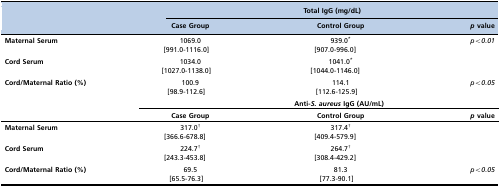
<table><thead><tr><td></td><td colspan="3"><b>Total IgG (mg/dL)</b></td></tr><tr><td></td><td><b>Case Group</b></td><td><b>Control Group</b></td><td><b><i>p</i> value</b></td></tr></thead><tbody><tr><td><b>Maternal Serum</b></td><td>1069.0 [991.0-1116.0]</td><td>939.0* [907.0-996.0]</td><td><i>p&lt;0.01</i></td></tr><tr><td><b>Cord Serum</b></td><td>1034.0 [1027.0-1138.0]</td><td>1041.0* [1044.0-1146.0]</td><td></td></tr><tr><td><b>Cord/Maternal Ratio (%)</b></td><td>100.9 [98.9-112.6]</td><td>114.1 [112.6-125.9]</td><td><i>p&lt;0.05</i></td></tr><tr><td></td><td></td><td><b>Anti-<i>S. aureus</i> IgG (AU/mL)</b></td><td></td></tr><tr><td></td><td><b>Case Group</b></td><td><b>Control Group</b></td><td><b><i>p</i> value</b></td></tr><tr><td><b>Maternal Serum</b></td><td>317.0† [366.6-678.8]</td><td>317.4† [409.4-579.9]</td><td></td></tr><tr><td><b>Cord Serum</b></td><td>224.7† [243.3-453.8]</td><td>264.7† [308.4-429.2]</td><td></td></tr><tr><td><b>Cord/Maternal Ratio (%)</b></td><td>69.5 [65.5-76.3]</td><td>81.3 [77.3-90.1]</td><td><i>p&lt;0.05</i></td></tr></tbody></table>